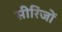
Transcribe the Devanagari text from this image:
सीरिंजों